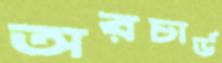
অরচার্ড